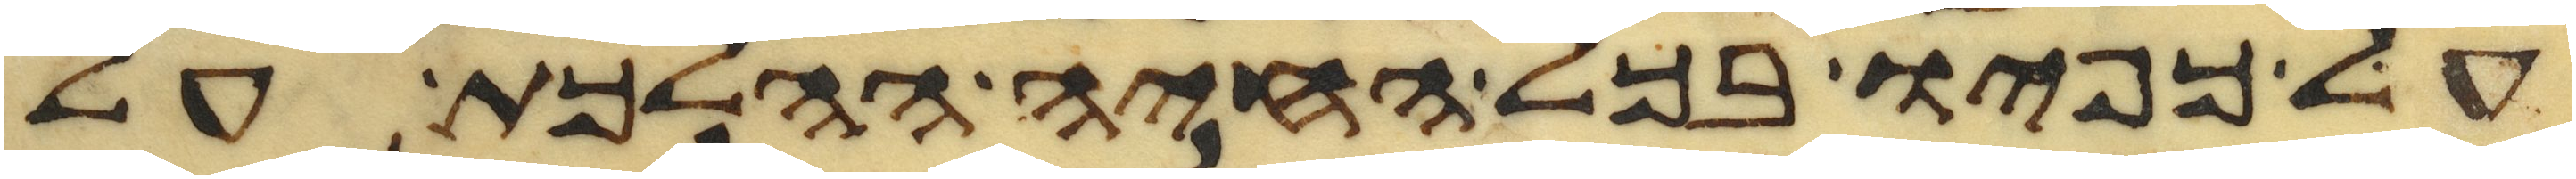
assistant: על כפיו בכל החיה ההלכת על